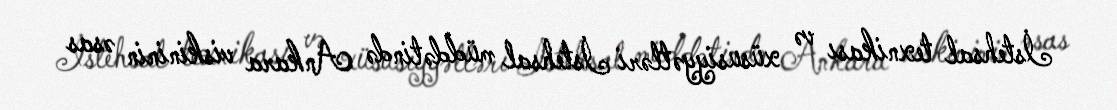
İstehsal texnikası və xüsusiyyətləri İstehsal müddətində Ankara viskininin əsas